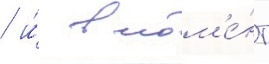
/ и́ в мом'е́нт